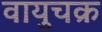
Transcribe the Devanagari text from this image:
वायुचक्र